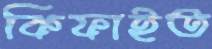
কিফাইত